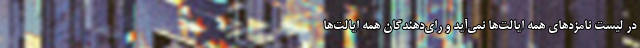
در لیست نامزدهای همه ایالت‌ها نمی‌آید و رای‌دهندگان همه ایالت‌ها